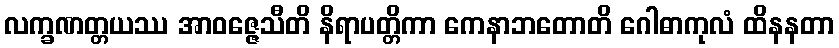
လက္ခဏတ္တယဿ အာဝဇ္ဇေသီတိ နိရာပတ္တိကာ ကေနာဘတောတိ ဂေါဓာကုလံ ထိနနတာ